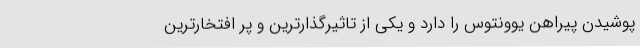
پوشیدن پیراهن یوونتوس را دارد و یکی از تاثیرگذارترین و پر افتخارترین